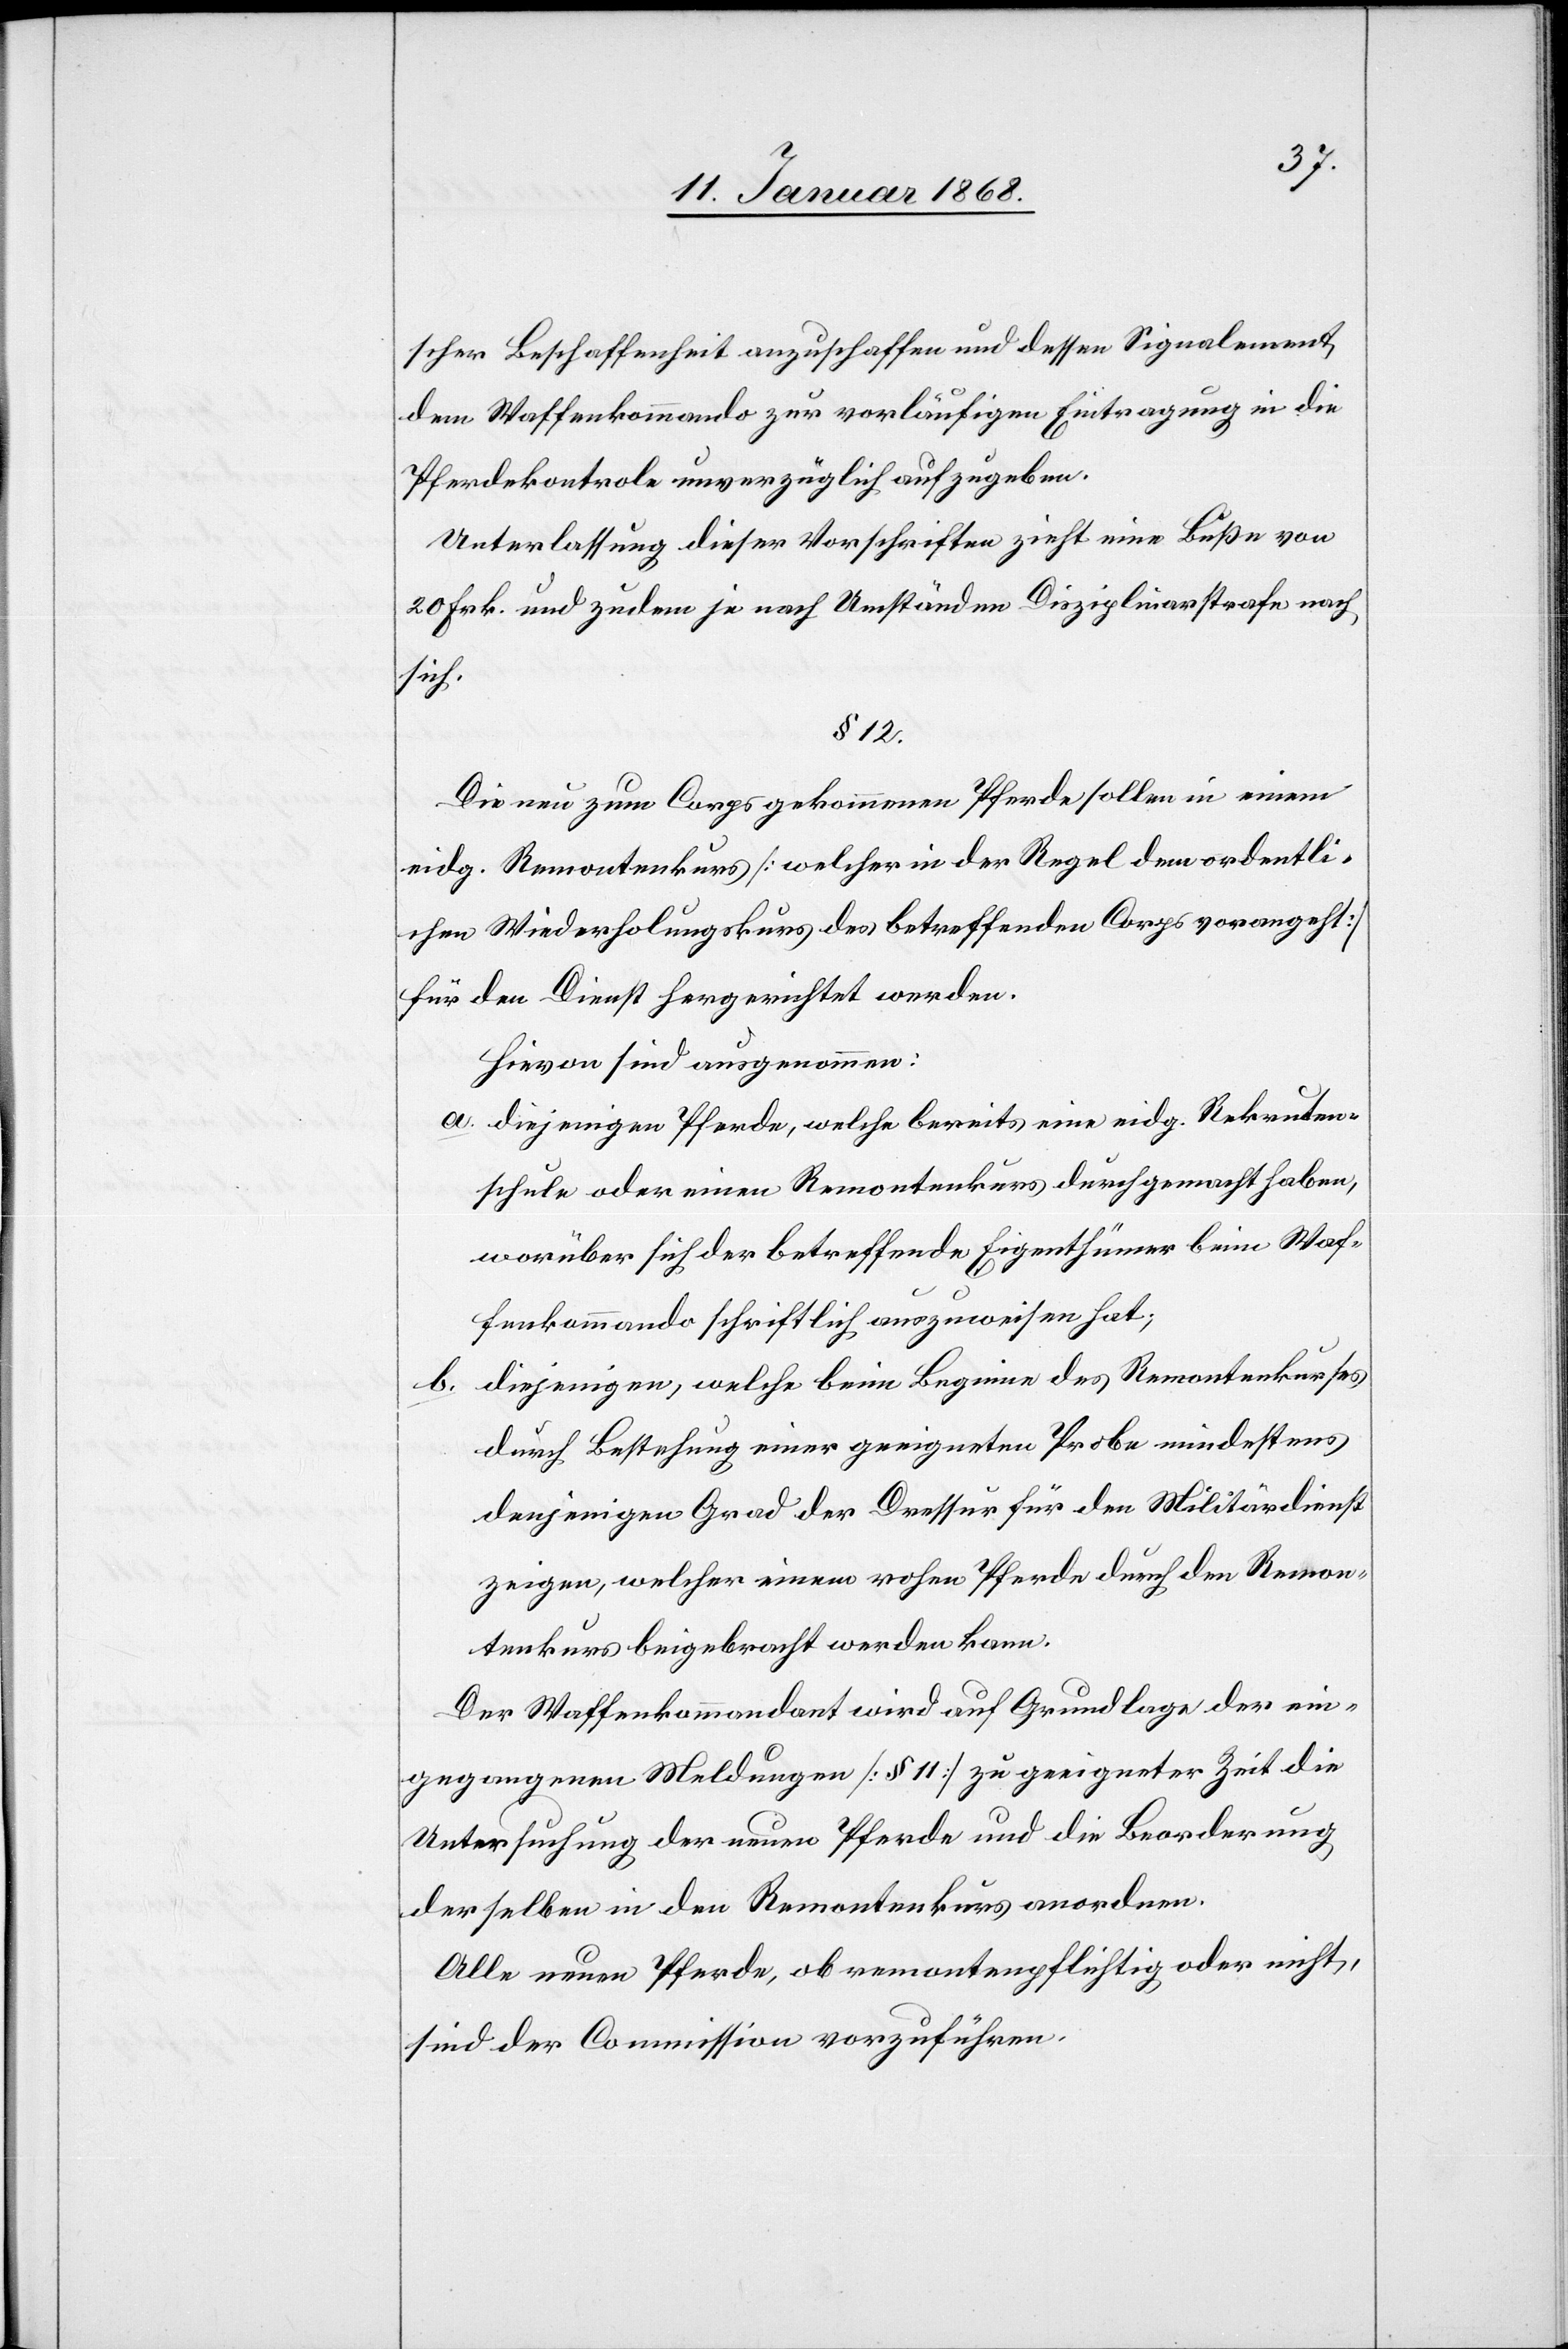
scher Beschaffenheit anzuschaffen und dessen Signalement
dem Waffenkommando zur vorläufigen Eintragung in die
Pferdekontrole unverzüglich aufzugeben.
Unterlassung dieser Vorschriften zieht eine Buße von
20 Frk. und zudem je nach Umständen Disziplinarstrafe nach
sich.
§ 12.
Die neu zum Corps gekommenen Pferde sollen in einem
eidg. Remontenkurs [welcher in der Regel dem ordentli¬
chen Wiederholungskurs des betreffenden Corps vorangeht]
für den Dienst hergerichtet werden.
Hievon sind ausgenommen:
diejenigen Pferde, welche bereits eine eidg. Rekruten¬
schule oder einen Remontenkurs durchgemacht haben,
worüber sich der betreffende Eigenthümer beim Waf¬
fenkommando schriftlich auszuweisen hat.
diejenigen, welche beim Beginne des Remontenkurses
b.
durch Bestehung einer geeigneten Probe mindestens
denjenigen Grad der Dressur für den Militärdienst
zeigen, welcher einem rohen Pferde durch den Remon¬
tenkurs beigebracht werden kann.
Der Waffenkommandant wird auf Grundlage der ein¬
gegangenen Meldungen [§ 11] zu geeigneter Zeit die
Untersuchung der neuen Pferde und die Beorderung
derselben in den Remontenkurs anordnen.
Alle neuen Pferde, ob remontenpflichtig oder nicht,
sind der Commission vorzuführen.